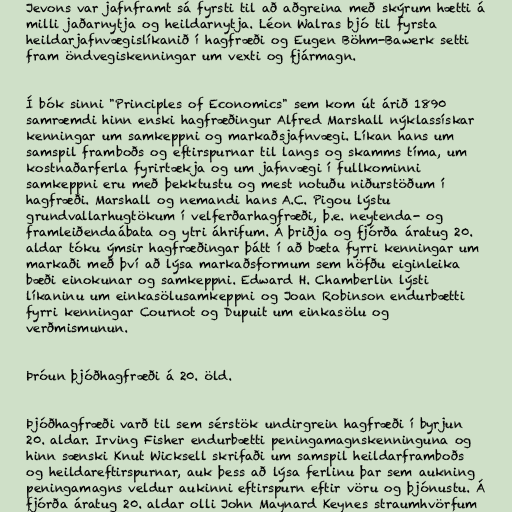
Jevons var jafnframt sá fyrsti til að aðgreina með skýrum hætti á
milli jaðarnytja og heildarnytja. Léon Walras bjó til fyrsta
heildarjafnvægislíkanið í hagfræði og Eugen Böhm-Bawerk setti
fram öndvegiskenningar um vexti og fjármagn.

Í bók sinni "Principles of Economics" sem kom út árið 1890
samræmdi hinn enski hagfræðingur Alfred Marshall nýklassískar
kenningar um samkeppni og markaðsjafnvægi. Líkan hans um
samspil framboðs og eftirspurnar til langs og skamms tíma, um
kostnaðarferla fyrirtækja og um jafnvægi í fullkominni
samkeppni eru með þekktustu og mest notuðu niðurstöðum í
hagfræði. Marshall og nemandi hans A.C. Pigou lýstu
grundvallarhugtökum í velferðarhagfræði, þ.e. neytenda- og
framleiðendaábata og ytri áhrifum. Á þriðja og fjórða áratug 20.
aldar tóku ýmsir hagfræðingar þátt í að bæta fyrri kenningar um
markaði með því að lýsa markaðsformum sem höfðu eiginleika
bæði einokunar og samkeppni. Edward H. Chamberlin lýsti
líkaninu um einkasölusamkeppni og Joan Robinson endurbætti
fyrri kenningar Cournot og Dupuit um einkasölu og
verðmismunun.

Þróun þjóðhagfræði á 20. öld.

Þjóðhagfræði varð til sem sérstök undirgrein hagfræði í byrjun
20. aldar. Irving Fisher endurbætti peningamagnskenninguna og
hinn sænski Knut Wicksell skrifaði um samspil heildarframboðs
og heildareftirspurnar, auk þess að lýsa ferlinu þar sem aukning
peningamagns veldur aukinni eftirspurn eftir vöru og þjónustu. Á
fjórða áratug 20. aldar olli John Maynard Keynes straumhvörfum